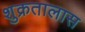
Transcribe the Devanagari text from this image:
शुक्रतालास